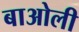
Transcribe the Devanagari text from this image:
बाओली